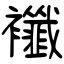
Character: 襳